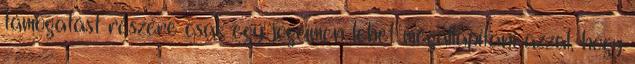
támogatást részére csak egy jogcímen lehet megállapítani azzal, hogy